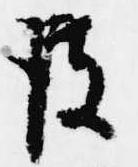
彼